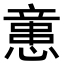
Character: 𢡃